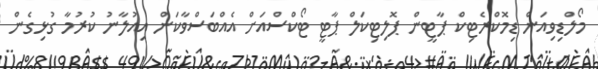
މޯލްޑިވިއަން ޑިމޮކްރެޓިކް ޕާޓީން ޕޮލިޓިކަލް ޕާޓީ ޓޯކްސްއަށް އެއްބަސްވާކަން އިއުލާނު ކުރުމާ ގުޅިގެން